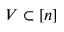
V \subset [ n ]